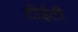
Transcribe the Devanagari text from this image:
टीईटी